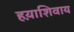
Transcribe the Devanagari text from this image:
हय़ाशिवाय